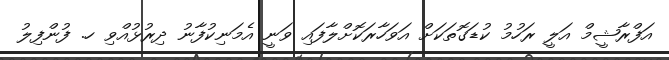
އަފްރާޝީމް އަލީ ރަހުމު ކުޑަގޮތަކަށް އަވަހާރަކޮށްލާފައި ވަނީ އެމަނިކުފާނު ދިިރުޅުއްވި ހ. ފުންފިލު